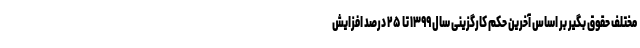
مختلف حقوق بگیر بر اساس آخرین حکم کارگزینی سال ۱۳۹۹ تا ۲۵ درصد افزایش